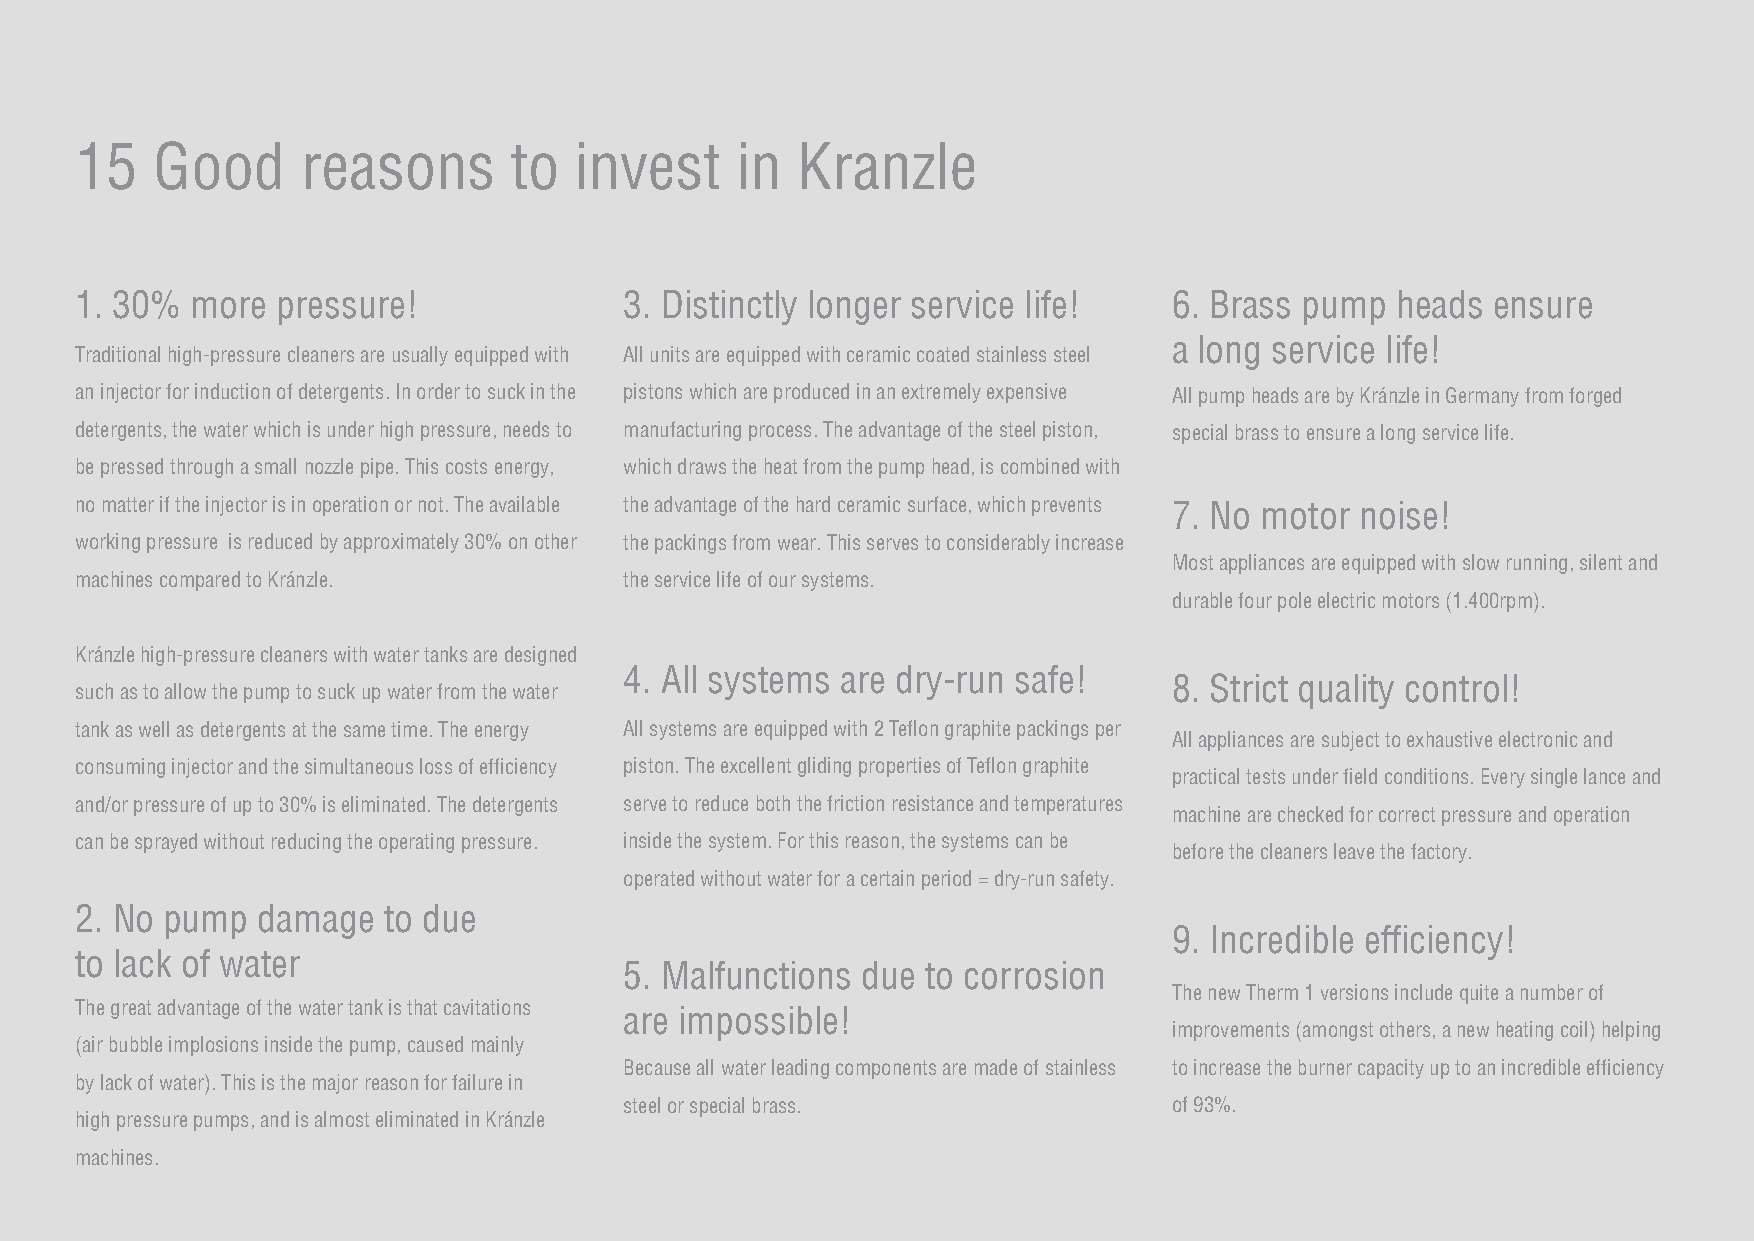
15   Good      reasons       to  invest     in  Kranzle
 1. 30%  more pressure!              3. Distinctly longer service life!   6. Brass pump heads  ensure
 a long service life!
 Traditional high-pressure cleaners are usually equipped with All units are equipped with ceramic coated stainless steel
 an injector for induction of detergents. In order to suck in the pistons which are produced in an extremely expensive All pump heads are by Kránzle in Germany from forged
 detergents, the water which is under high pressure, needs to manufacturing process. The advantage of the steel piston, special brass to ensure a long service life.
 be pressed through a small nozzle pipe. This costs energy, which draws the heat from the pump head, is combined with
 no matter if the injector is in operation or not. The available the advantage of the hard ceramic surface, which prevents 7. No motor noise!
 working pressure is reduced by approximately 30% on other the packings from wear. This serves to considerably increase
 Most appliances are equipped with slow running, silent and
 machines compared to Kránzle.       the service life of our systems.
 durable four pole electric motors (1.400rpm).
 Kránzle high-pressure cleaners with water tanks are designed
 4. All systems are dry-run safe!
 8. Strict quality control!
 such as to allow the pump to suck up water from the water
 tank as well as detergents at the same time. The energy All systems are equipped with 2 Teflon graphite packings per
 All appliances are subject to exhaustive electronic and
 consuming injector and the simultaneous loss of efficiency piston. The excellent gliding properties of Teflon graphite
 practical tests under field conditions. Every single lance and
 and/or pressure of up to 30% is eliminated. The detergents serve to reduce both the friction resistance and temperatures
 machine are checked for correct pressure and operation
 can be sprayed without reducing the operating pressure. inside the system. For this reason, the systems can be
 before the cleaners leave the factory.
 operated without water for a certain period = dry-run safety.
 2. No pump  damage  to due
 9. Incredible efficiency!
 to lack of water
 5. Malfunctions due to corrosion
 The new Therm 1 versions include quite a number of
 The great advantage of the water tank is that cavitations
 are impossible!
 improvements (amongst others, a new heating coil) helping
 (air bubble implosions inside the pump, caused mainly
 Because all water leading components are made of stainless to increase the burner capacity up to an incredible efficiency
 by lack of water). This is the major reason for failure in
 steel or special brass.              of 93%.
 high pressure pumps, and is almost eliminated in Kránzle
 machines.